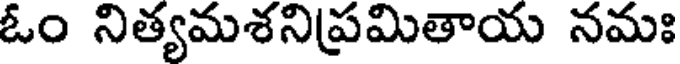
ఓం నిత్యమశనిప్రమితాయ నమః